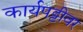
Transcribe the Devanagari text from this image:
कार्यपट्टीवर